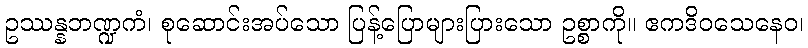
ဥဿန္နဘဏ္ဍကံ၊ စုဆောင်းအပ်သော ပြန့်ပြောများပြားသော ဥစ္စာကို။ ဧကဒိဝသေနေဝ၊